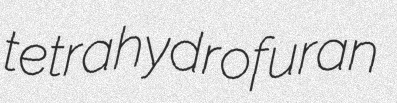
tetrahydrofuran